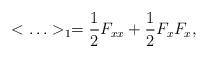
LaTeX: \begin{align*}<\ldots >_1={1\over 2}F_{xx}+{1\over 2}F_xF_x,\end{align*}